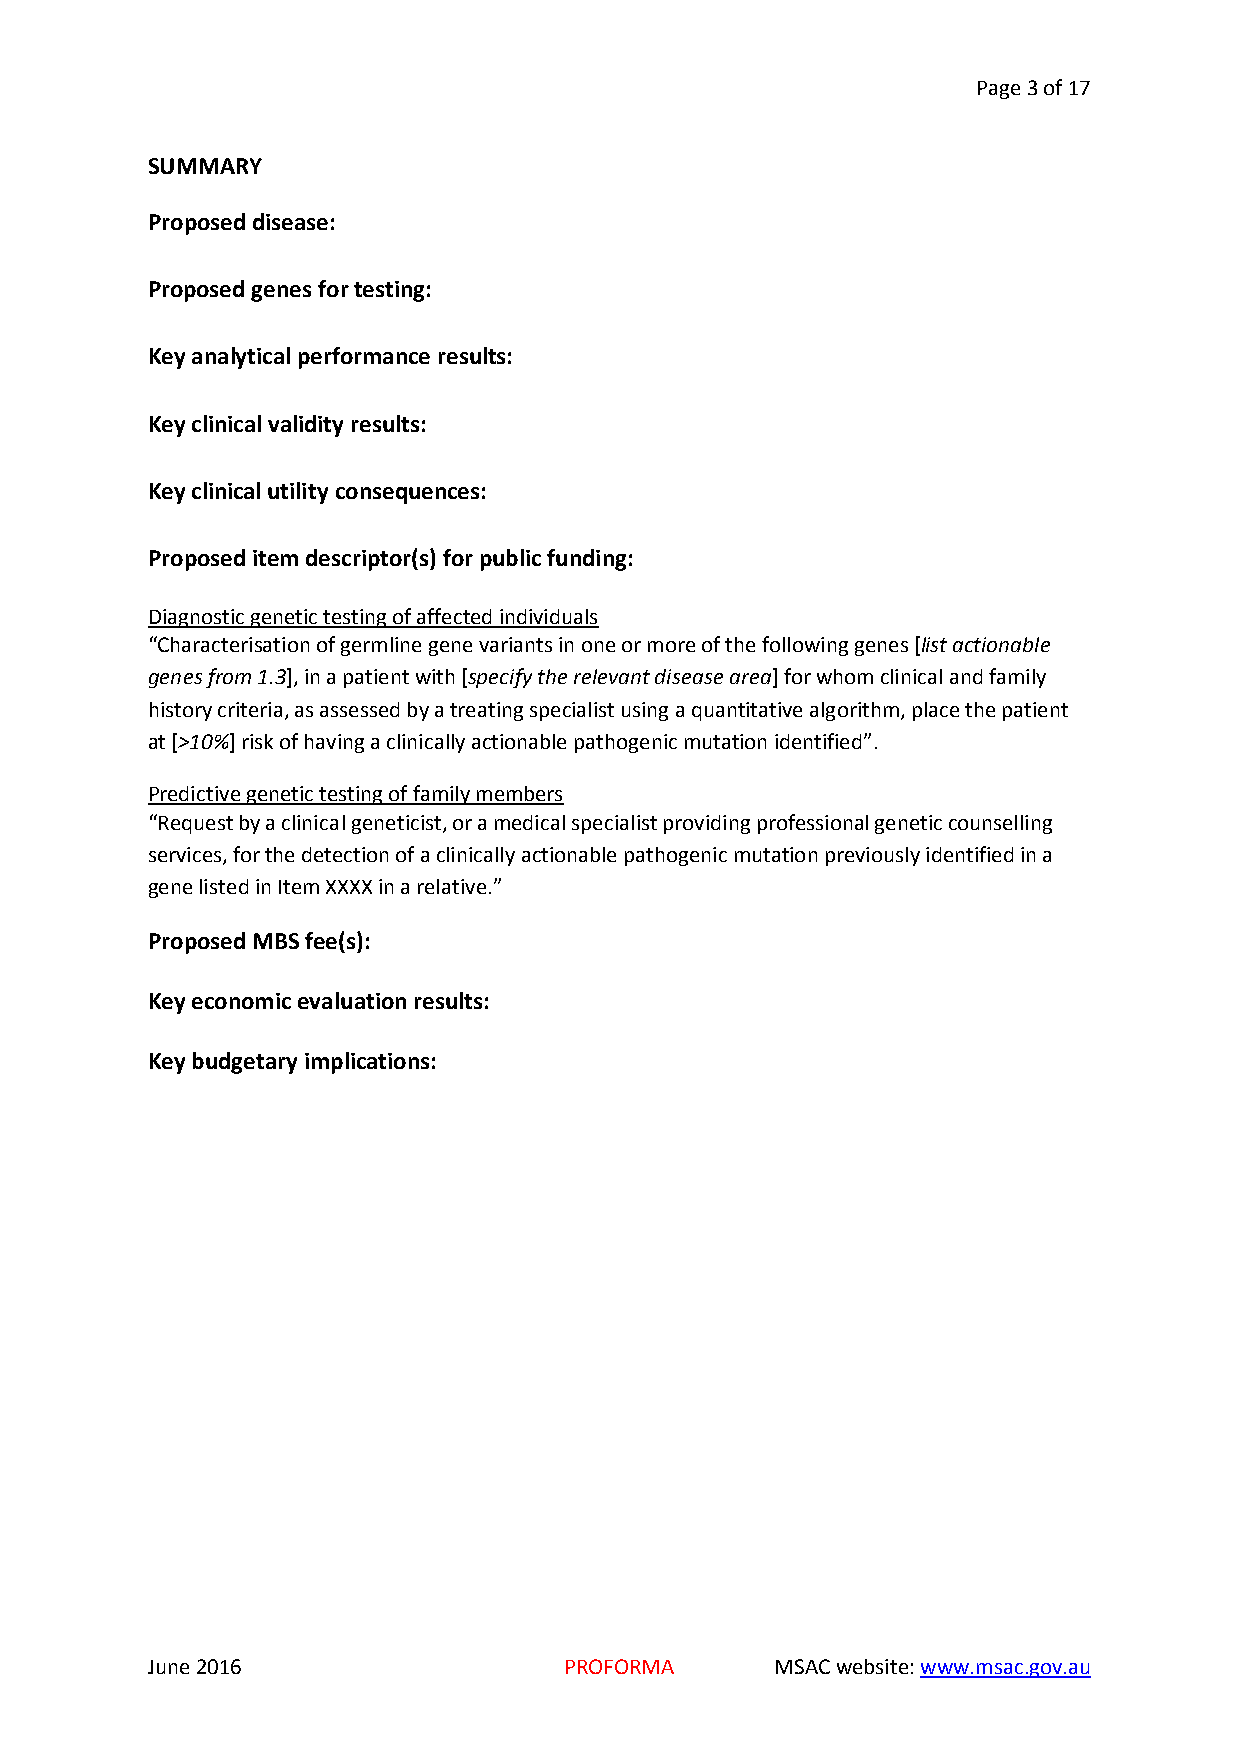
Page 3 of 17
 SUMMARY
 Proposed disease:
 Proposed genes for testing:
 Key analytical performance results:
 Key clinical validity results:
 Key clinical utility consequences:
 Proposed item descriptor(s) for public funding:
 Diagnostic genetic testing of affected individuals
 “Characterisation of germline gene variants in one or more of the following genes [list actionable
 genes from 1.3], in a patient with [specify the relevant disease area] for whom clinical and family
 history criteria, as assessed by a treating specialist using a quantitative algorithm, place the patient
 at [>10%] risk of having a clinically actionable pathogenic mutation identified”.
 Predictive genetic testing of family members
 “Request by a clinical geneticist, or a medical specialist providing professional genetic counselling
 services, for the detection of a clinically actionable pathogenic mutation previously identified in a
 gene listed in Item XXXX in a relative.”
 Proposed MBS fee(s):
 Key economic evaluation results:
 Key budgetary implications:
 June 2016                  PROFORMA      MSAC website: www.msac.gov.au